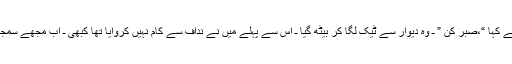
میں ابھی اسی شش و پنج میں گھری تھی کہ دوبارہ صدا لگائی ” نداف ــــ ” میں نے کہا “،صبر کن ” ـ وہ دیوار سے ٹیک لگا کر بیٹھ گیا ـ اس سے پہلے میں نے نداف سے کام نہیں کروایا تھا کبھی ـ اب مجھے سمجھ نہ آئے کہ دوشک کے پوش اتار کے دوں یا زریں استر کھول کے کپاس دوں؟